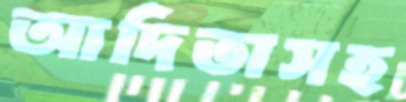
আদিতাসহ